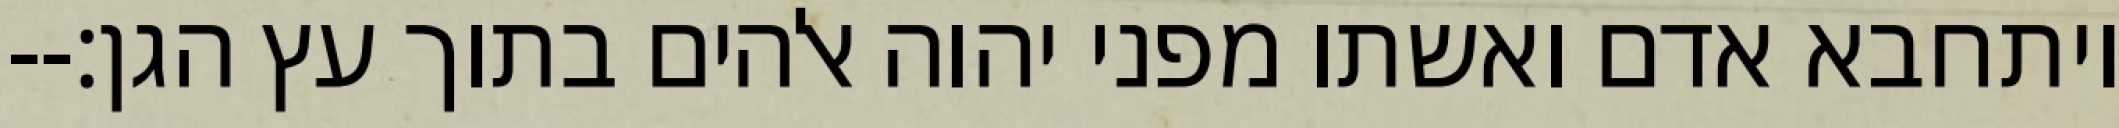
ויתחבא אדם ואשתו מפני יהוה אלהים בתוך עץ הגן׃--